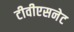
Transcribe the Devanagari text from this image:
टीवीएसनेट